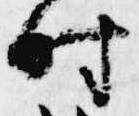
時